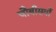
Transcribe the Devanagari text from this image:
चौबीसवाँ